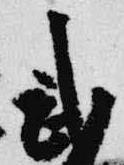
武